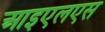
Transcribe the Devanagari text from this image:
आइएलएस